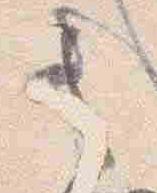
之